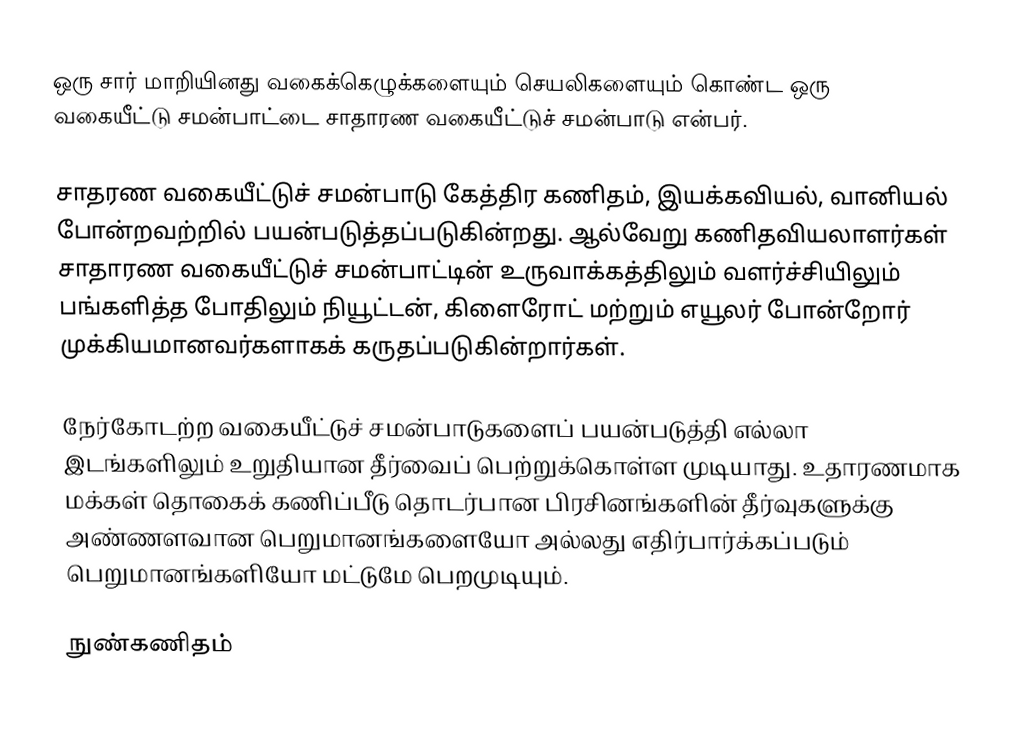
ஒரு சார் மாறியினது வகைக்கெழுக்களையும் செயலிகளையும் கொண்ட ஒரு வகையீட்டு சமன்பாட்டை சாதாரண வகையீட்டுச் சமன்பாடு என்பர்.

சாதரண வகையீட்டுச் சமன்பாடு கேத்திர கணிதம், இயக்கவியல், வானியல் போன்றவற்றில் பயன்படுத்தப்படுகின்றது. ஆல்வேறு கணிதவியலாளர்கள் சாதாரண வகையீட்டுச் சமன்பாட்டின் உருவாக்கத்திலும் வளர்ச்சியிலும் பங்களித்த போதிலும் நியூட்டன், கிளைரோட் மற்றும் எயூலர் போன்றோர் முக்கியமானவர்களாகக் கருதப்படுகின்றார்கள்.

நேர்கோடற்ற வகையீட்டுச் சமன்பாடுகளைப் பயன்படுத்தி எல்லா இடங்களிலும் உறுதியான தீர்வைப் பெற்றுக்கொள்ள முடியாது. உதாரணமாக மக்கள் தொகைக் கணிப்பீடு தொடர்பான பிரசினங்களின் தீர்வுகளுக்கு அண்ணளவான பெறுமானங்களையோ அல்லது எதிர்பார்க்கப்படும் பெறுமானங்களியோ மட்டுமே பெறமுடியும்.

நுண்கணிதம்